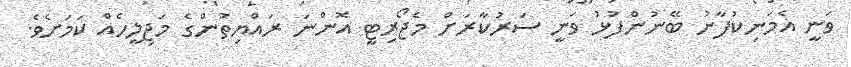
ވަނީ އެމަނިކުފާނު ބޭނުންފުޅު ވަނީ ސަރުކާރަށް މެޖޯރިޓީ އޮންނަ ރައްޔިތުންގެ މަޖިލީހެއް ކަމަށެވެ.